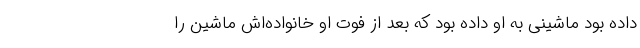
داده بود ماشینی به او داده بود که بعد از فوت او خانواده‌اش ماشین را